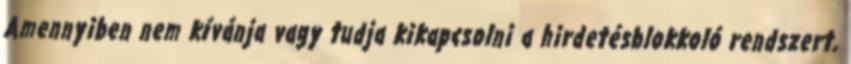
Amennyiben nem kívánja vagy tudja kikapcsolni a hirdetésblokkoló rendszert,